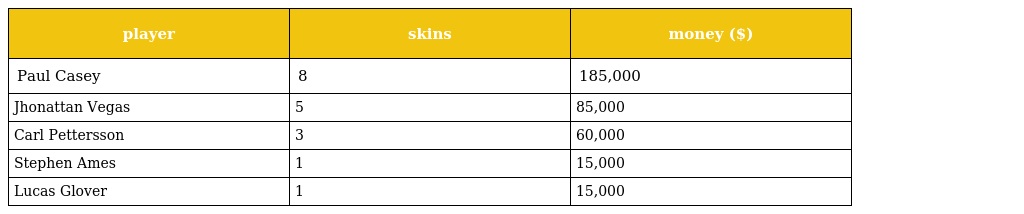
| player | skins | money ($) |
 | --- | --- | --- |
 | Paul Casey | 8 | 185,000 |
 | Jhonattan Vegas | 5 | 85,000 |
 | Carl Pettersson | 3 | 60,000 |
 | Stephen Ames | 1 | 15,000 |
 | Lucas Glover | 1 | 15,000 |